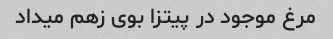
مرغ موجود در پیتزا بوی زهم میداد